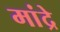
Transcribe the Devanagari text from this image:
मांद्रे